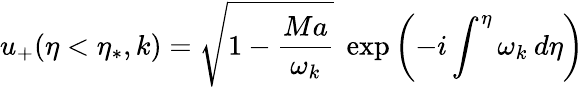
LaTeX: u_{+}(\eta<\eta_{*},k)=\sqrt{1-\frac{Ma}{\omega_{k}}}\; \exp\left(-i\int^{\eta}\omega_{k}\: d\eta\right)